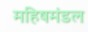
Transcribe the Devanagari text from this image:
महिषमंडल